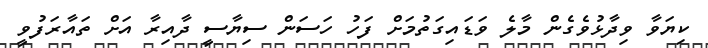
ކިޔަވާ ވިދާޅުވެގެން މާލެ ވަޑައިގަތުމަށް ފަހު ހަސަން ސިޔާސީ ދާއިރާ އަށް ތައާރަފުވީ